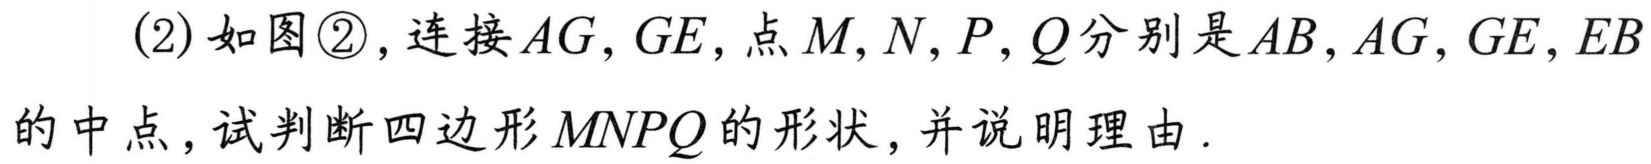
(2)如图\textcircled{2}，连接\(AG,GE\)，点\(M,N,P,Q\)分别是\(AB,AG,GE,EB\)的中点，试判断四边形\(MNPQ\)的形状，并说明理由.